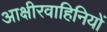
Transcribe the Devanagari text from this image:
आक्षीरवाहिनियों